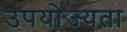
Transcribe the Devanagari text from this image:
उपयोज्यता